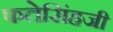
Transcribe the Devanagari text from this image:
फतेसिंहजी